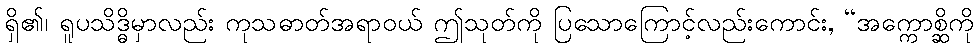
ရှိ၏၊ ရူပသိဒ္ဓိမှာလည်း ကုသဓာတ်အရာဝယ် ဤသုတ်ကို ပြသောကြောင့်လည်းကောင်း, “အက္ကောစ္ဆိကို